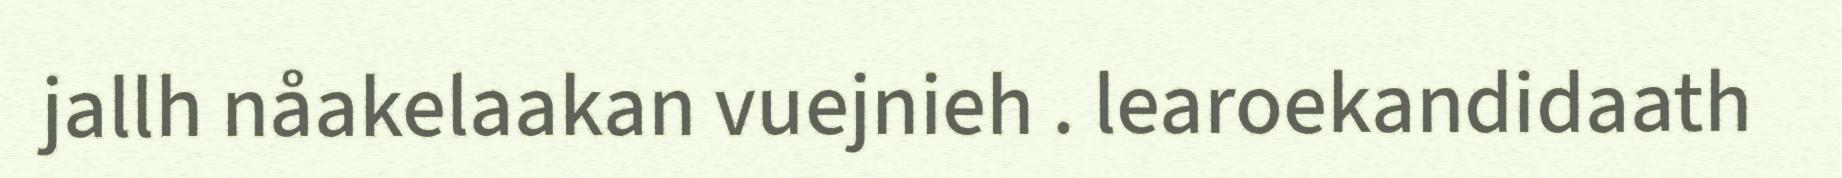
jallh nåakelaakan vuejnieh . learoekandidaath